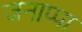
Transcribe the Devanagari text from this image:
जनाप्पा